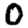
Digit: 0